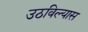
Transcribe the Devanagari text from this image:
उठविल्यास